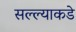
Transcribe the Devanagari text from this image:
सल्ल्याकडे